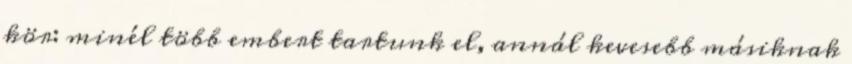
kör: minél több embert tartunk el, annál kevesebb másiknak